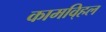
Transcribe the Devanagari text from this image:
कामवि्हल